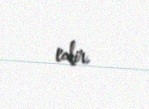
edir.